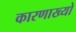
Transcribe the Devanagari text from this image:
कारणाख्यो